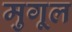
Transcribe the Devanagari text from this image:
मुगूल